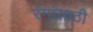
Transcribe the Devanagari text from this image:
रंगांसाठी